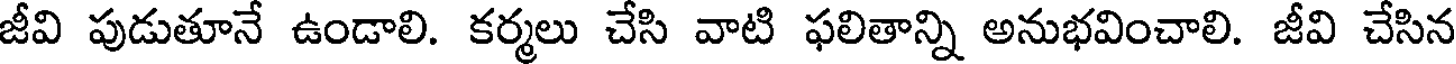
జీవి పుడుతూనే ఉండాలి. కర్మలు చేసి వాటి ఫలితాన్ని అనుభవించాలి. జీవి చేసిన